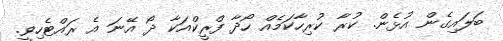
ބަލައިގެން އުޅެން. ކުރާ ކުރިހާކަމެއް ހޯދާ ފްރީކްއަކާ ދޯ އޭނަ އެ ރައްޓެހިވީ.